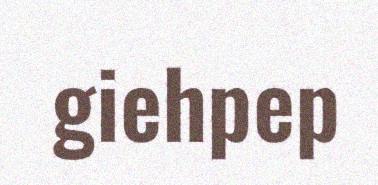
giehpep